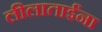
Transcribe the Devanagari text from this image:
लीलाताईंना